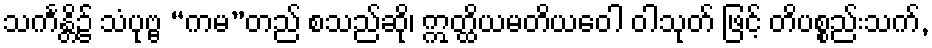
သင်္ကန္တိ၌ သံပုဗ္ဗ “ကမ”တည် စသည်ဆို၊ ဣတ္ထိယမတိယဝေါ ဝါသုတ် ဖြင့် တိပစ္စည်းသက်,